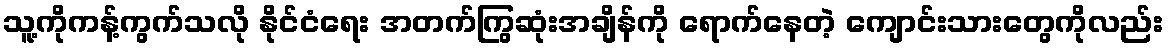
သူ့ကိုကန့်ကွက်သလို နိုင်ငံရေး အတက်ကြွဆုံးအချိန်ကို ရောက်နေတဲ့ ကျောင်းသားတွေကိုလည်း